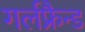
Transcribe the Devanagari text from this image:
गर्लफ्रैन्ड